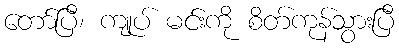
တော်ပြီ၊ ကျုပ် မင်းကို စိတ်ကုန်သွားပြီ